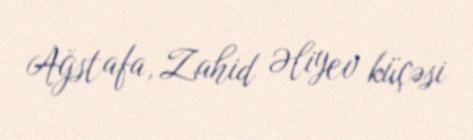
Ağstafa, Zahid Əliyev küçəsi